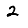
Digit: 2